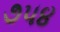
૭૫૪